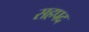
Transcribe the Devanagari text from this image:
सहपद